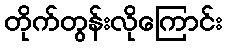
တိုက်တွန်းလိုကြောင်း